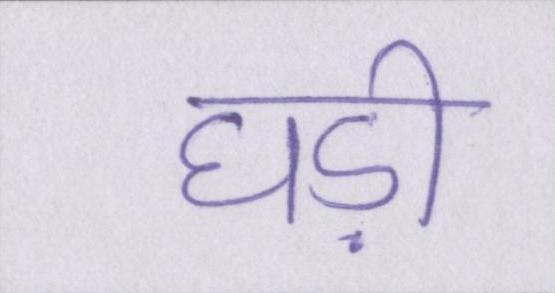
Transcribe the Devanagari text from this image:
घड़ी